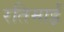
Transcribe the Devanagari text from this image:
रतिमाई